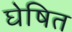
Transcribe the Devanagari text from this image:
घेषित